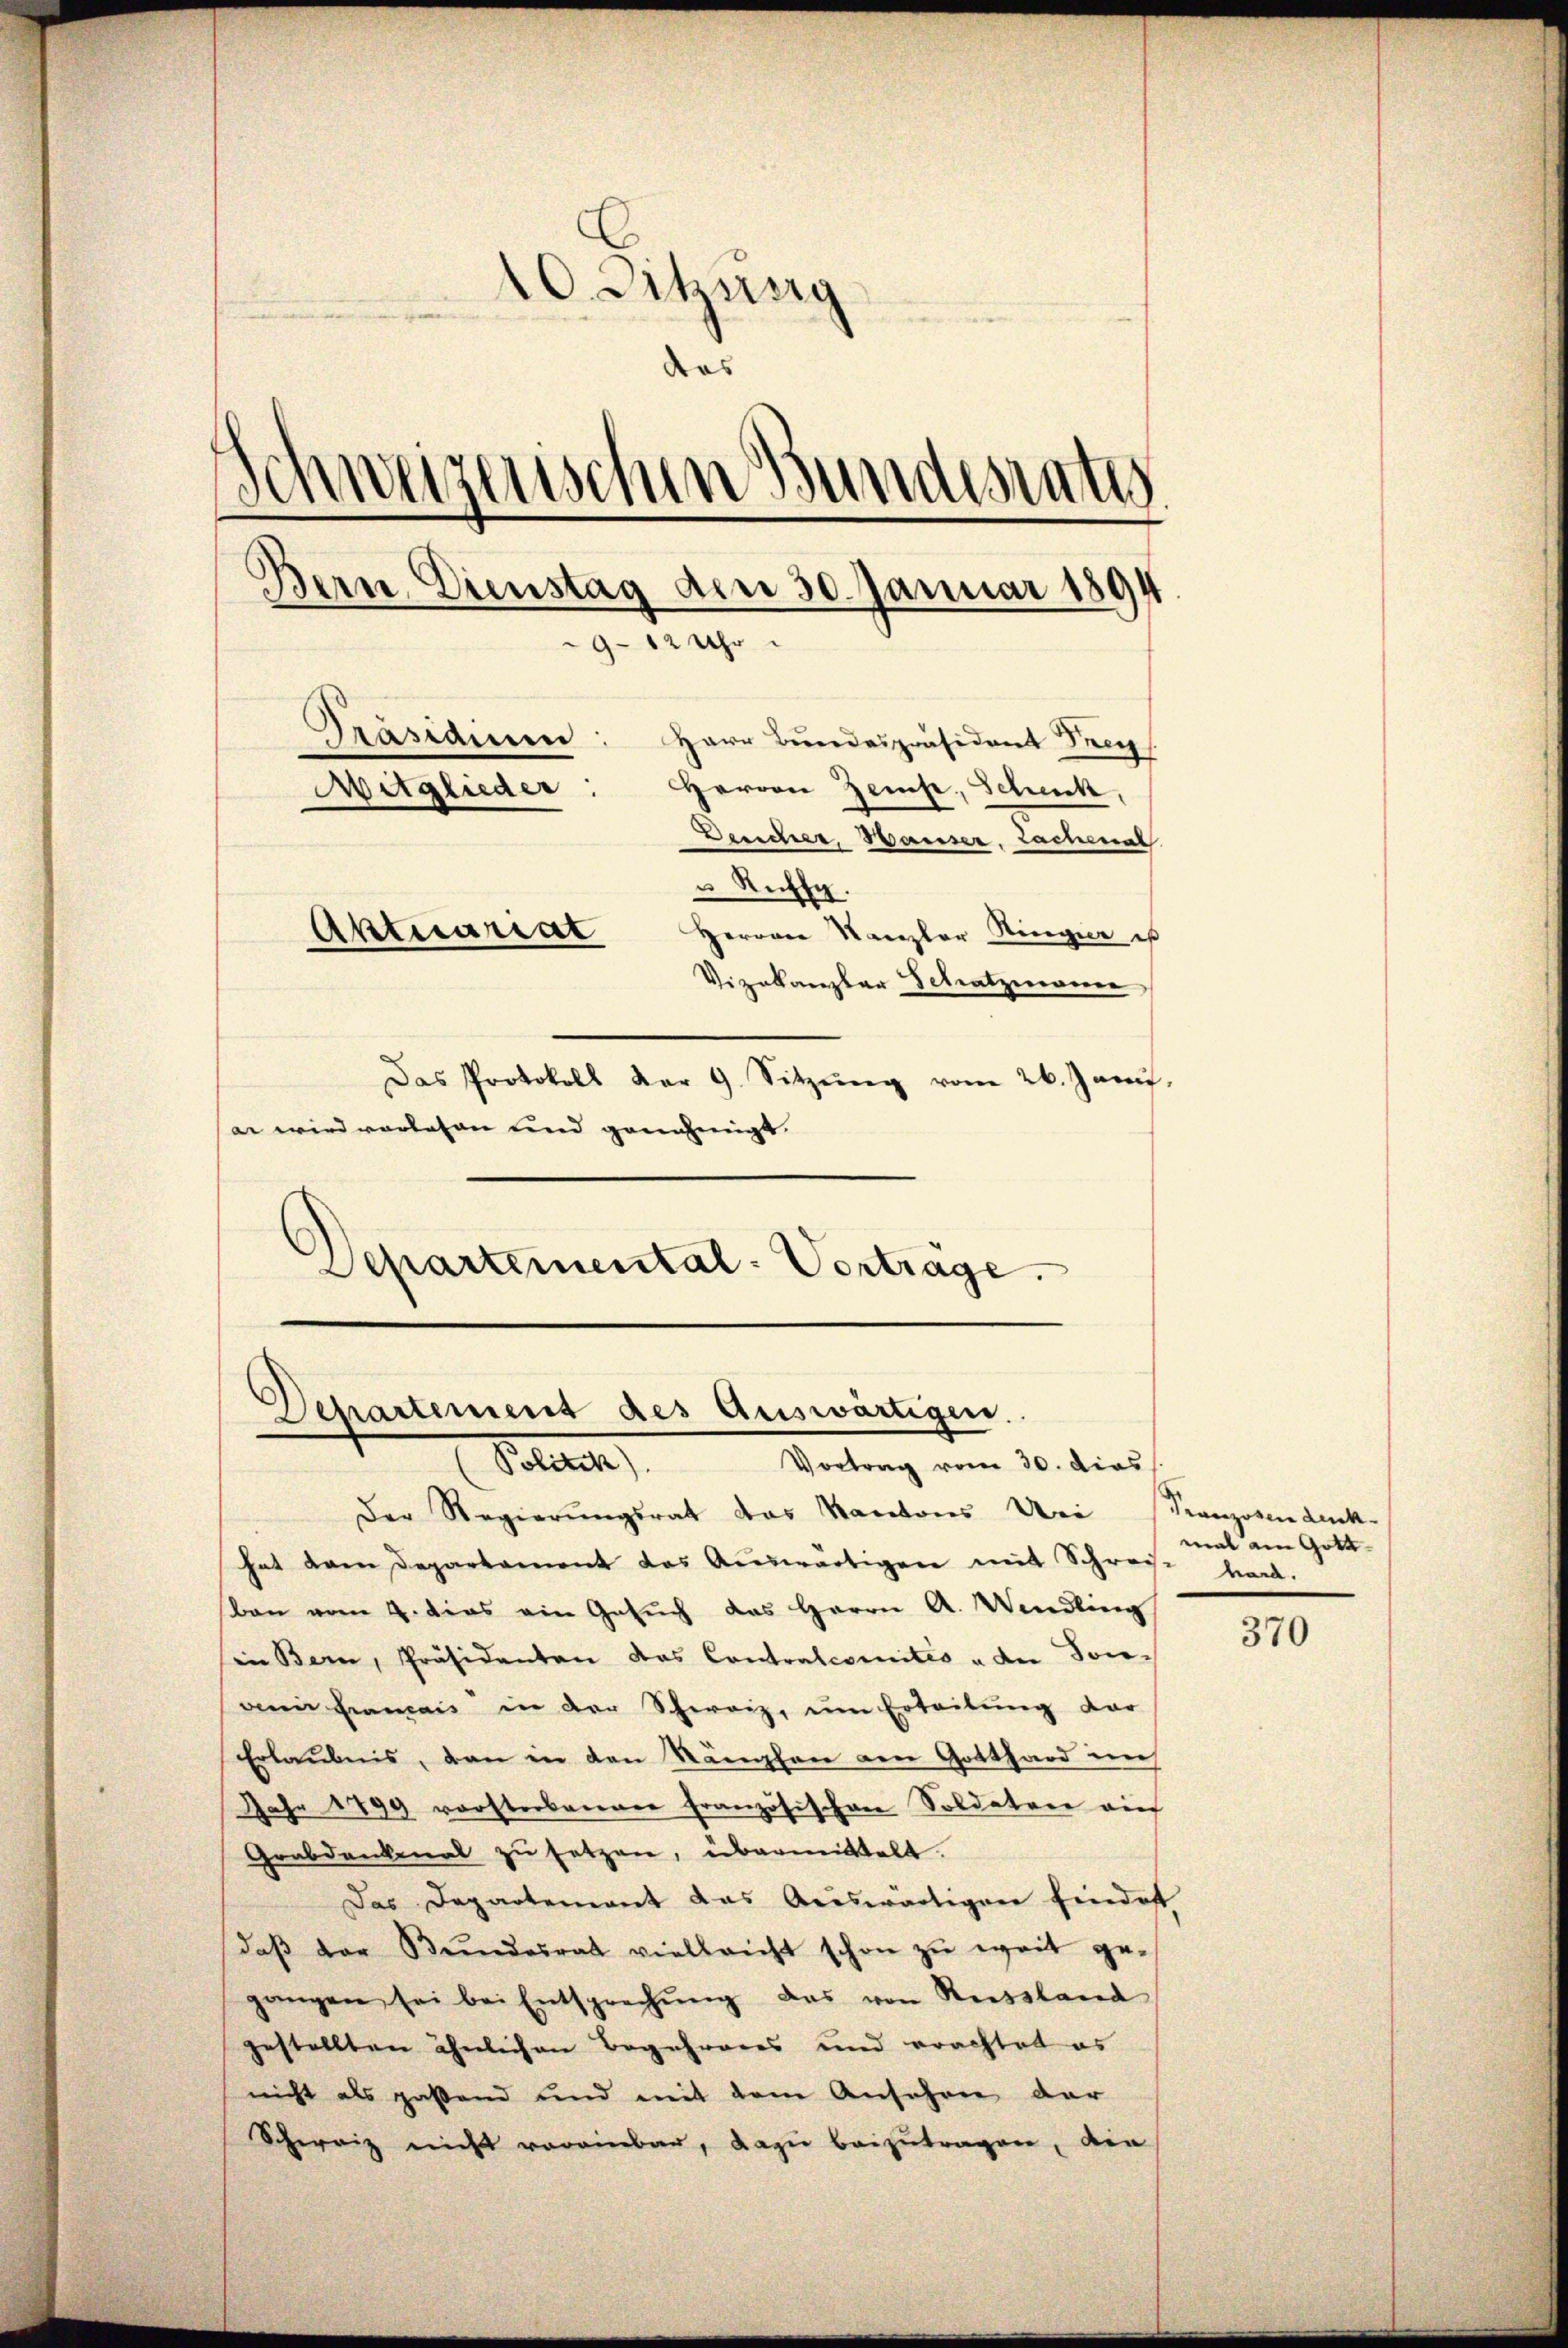
10. Dihung
das
Schweizerischen Bundesrate
Bern, Dienstag den 30. Januar 1894.
9-12 Uhr
Präsidium: Herr Bŭndespräsident Seeg
Herrn Zemp, Scheck,
Mitglieder:
Deucher, Hauser, Lachenal
u Richt.
Aktuariat
Herren Kanzler Hinger ist
Vizekanzlar Schatzmauer
Das Protokoll der 9. Sitzŭng vom 26. Janŭ
er wird vorlesen und genehmigt.

Departemental-Vorträge.
Departement des Auswärtigen.
Solle
Vortrag vom 30. dies

Der Regierŭngsrat das Kantons Uri (Kranzosen denk-
hat dem Departament das Auswärtigen mit Schreis vorban vom 4. dies ein Gesuch das Herrn A. Wendling
sin Bern, Präsidenten das Contralcomités u de Sonvenir dramais in der Schweiz, um Erteilung dar
Erlaubnis, den in den Rängten von Gotthard auch
Jahr 1899 vorsterbanner französischen Soldatare auf
Grabdankenat zŭ setzen, übermittelt.
Das Departement das Auswärtigen Eindoft
daβ der Bŭndesrat vielleicht schon zŭ weit ge-
gangen sei bei Entsprechŭng das von Reissland
gestellten ähnlichen Begehreres und erachtet es
nicht als paßend und mit dem Ansehen der
Schweiz nicht voreinbar, dazu beizutragen, den

mal am Gott-

370